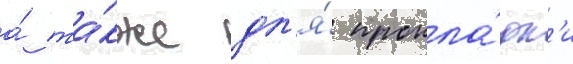
а́ та́кже дл'я́ прокла́дк'и